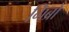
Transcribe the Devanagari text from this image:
गिब्रों